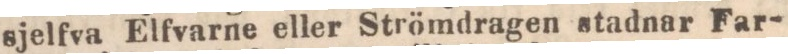
sjelfva Elfvarne eller Strömdragen stadnar Far-